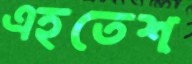
এহতেশ